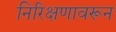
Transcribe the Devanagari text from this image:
निरिक्षणावरून